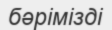
бәрімізді